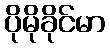
ပိုမိုခိုင်မာ